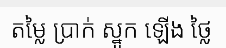
តម្លៃ ប្រាក់ ស្នូក ឡើង ថ្លៃ